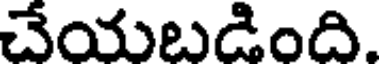
చేయబడింది.